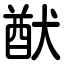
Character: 猷